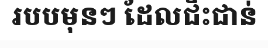
របបមុនៗ ដែលជិះជាន់